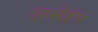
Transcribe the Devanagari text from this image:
एंटस्टेहंग